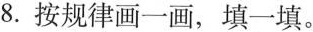
8.按规律画一画，填一填。